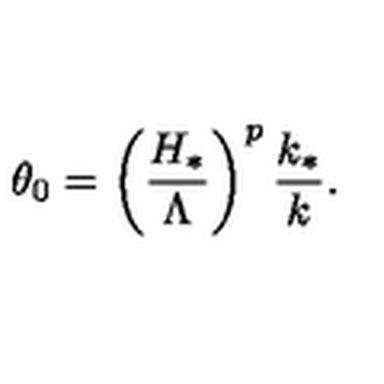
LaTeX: \theta _ { 0 } = \left( \frac { H _ { * } } { \Lambda } \right) ^ { p } \frac { k _ { * } } { k } .